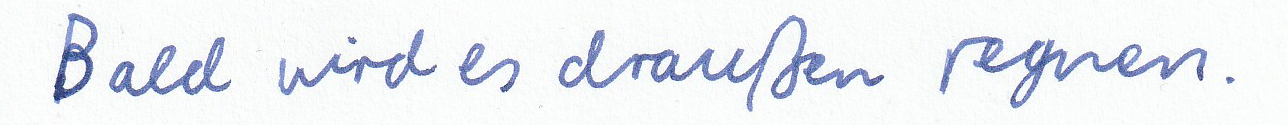
Bald wird es draußen regnen.